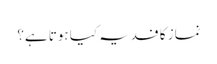
نماز کا فدیہ کیا ہوتا ہے؟